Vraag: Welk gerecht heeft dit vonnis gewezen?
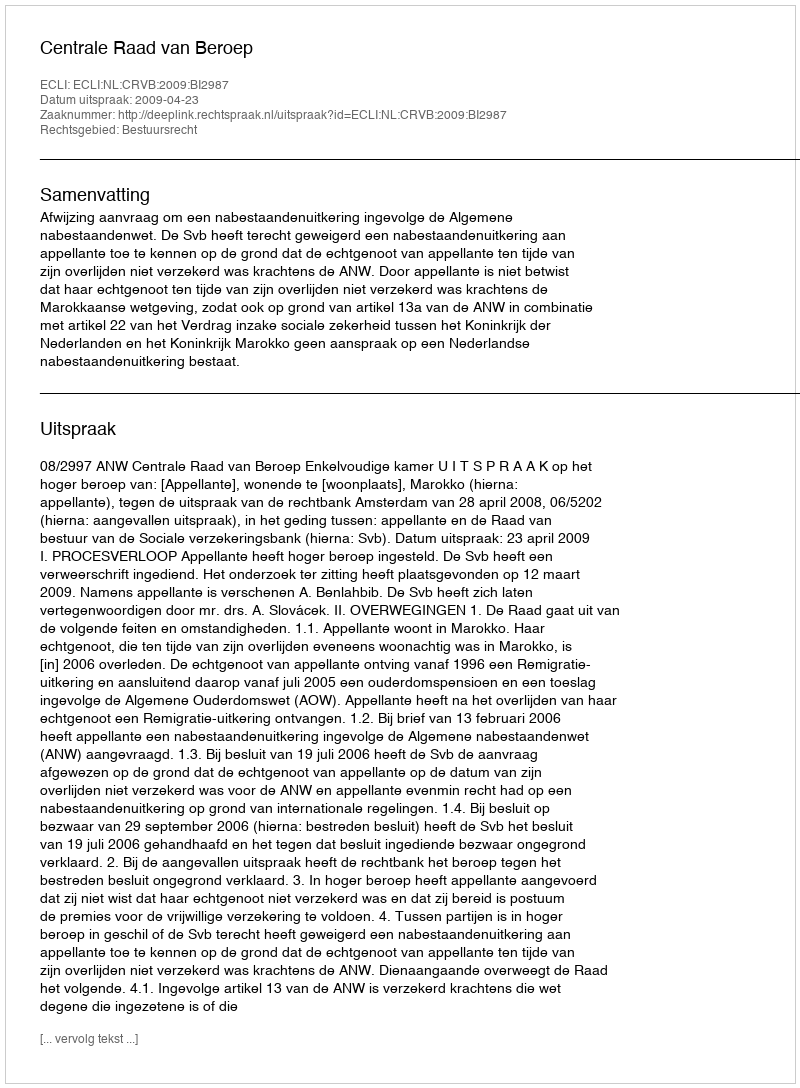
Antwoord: Centrale Raad van Beroep